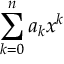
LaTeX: \sum _ { k = 0 } ^ { n } a _ { k } x ^ { k }